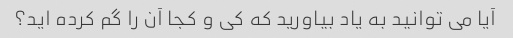
آیا می توانید به یاد بیاورید که کی و کجا آن را گم کرده اید؟